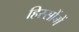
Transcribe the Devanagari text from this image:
हिस्सोंमें